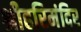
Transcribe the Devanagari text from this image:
श्रीहरिमंदिर